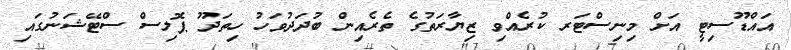
އައްޑޫސިޓީ އަށް މިނިސްޓަރ ކުރެއްވި ޒިޔާރަތުގެ ތެރެއިން ބުދަދުވަހު ހިތަދޫ ޕޮލިސް ސްޓޭޝަނުގައި